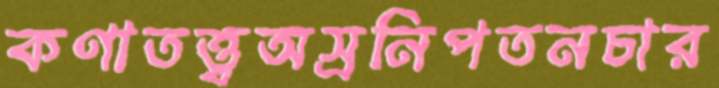
কণাতত্ত্বঅস্রনিপতনচার